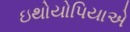
ઇથોયોપિયાએ